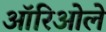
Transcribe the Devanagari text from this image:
ऑरिओले